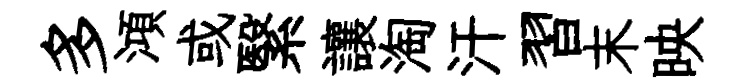
多澒或繄讓淘汗習末映